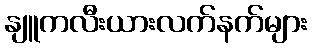
နျူကလီးယားလက်နက်များ